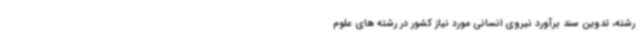
رشته، تدوین سند برآورد نیروی انسانی مورد نیاز کشور در رشته‌ های علوم